画像に写った文字を読んでください
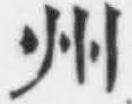
「州」と書いてあります